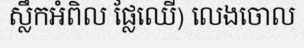
ស្លឹកអំពិល ផ្លែឈើ) លេងចោល